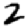
Digit: 2